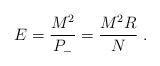
LaTeX: \begin{align*}E = \frac{M^2}{P_-} = \frac{M^2 R}{N} \; .\end{align*}